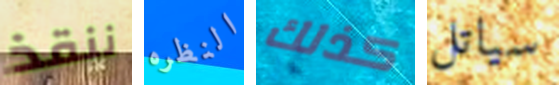
ننقذ النظره كذلك سياتل